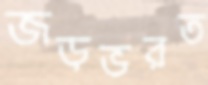
জড়ভরত